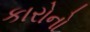
કારોનો